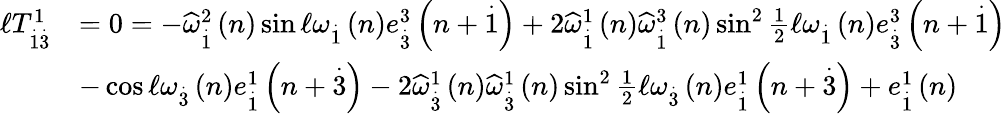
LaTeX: \begin{array}{rl}{\mathcal{\ell}T_{\overset{.}{1}\overset{.}{3}}^{1}}&{=0=-\widehat{\omega}_{\overset{.}{1}}^{2}\left(n\right)\sin\mathcal{\ell}\omega_{\overset{.}{1}}\left(n\right)e_{\overset{.}{3}}^{3}\left(n+\overset{.}{1}\right)+2\widehat{\omega}_{\overset{.}{1}}^{1}\left(n\right)\widehat{\omega}_{\overset{.}{1}}^{3}\left(n\right)\sin^{2}\frac{1}{2}\mathcal{\ell}\omega_{\overset{.}{1}}\left(n\right)e_{\overset{.}{3}}^{3}\left(n+\overset{.}{1}\right)}\\ &{-\cos\mathcal{\ell}\omega_{\overset{.}{3}}\left(n\right)e_{\overset{.}{1}}^{1}\left(n+\overset{.}{3}\right)-2\widehat{\omega}_{\overset{.}{3}}^{1}\left(n\right)\widehat{\omega}_{\overset{.}{3}}^{1}\left(n\right)\sin^{2}\frac{1}{2}\mathcal{\ell}\omega_{\overset{.}{3}}\left(n\right)e_{\overset{.}{1}}^{1}\left(n+\overset{.}{3}\right)+e_{\overset{.}{1}}^{1}\left(n\right)}\end{array}